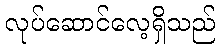
လုပ်ဆောင်လေ့ရှိသည်